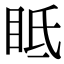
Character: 眡